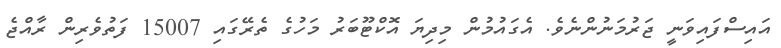
އައިސްފައިވަނީ ޖަރުމަނުންނެވެ. އެގައުމުން މިދިޔަ އޮކްޓޫބަރު މަހުގެ ތެރޭގައި 15007 ފަތުވެރިން ރާއްޖެ